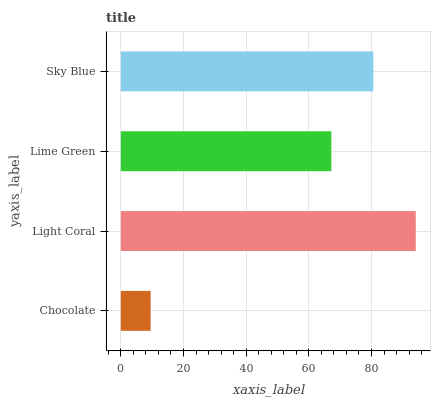
| yaxis_label | bars |
 | --- | --- |
 | Chocolate | 9.51 |
 | Light Coral | 94.1 |
 | Lime Green | 67.2 |
 | Sky Blue | 80.6 |